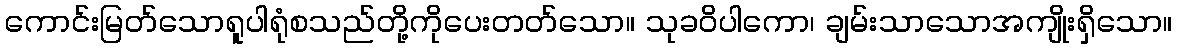
ကောင်းမြတ်သောရူပါရုံစသည်တို့ကိုပေးတတ်သော။ သုခဝိပါကော၊ ချမ်းသာသောအကျိုးရှိသော။